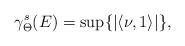
LaTeX: \begin{align*}\gamma_{\Theta}^s(E)=\sup\{|\langle\nu,1\rangle|\},\end{align*}